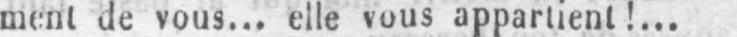
ment de vous... elle vous appartient!...